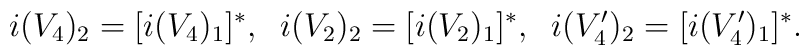
i (V_4)_2 = [i (V_4)_1]^* , \;\; i (V_2)_2 = [i (V_2)_1]^* , \;\; i (V_4')_2 = [i (V_4')_1]^* .